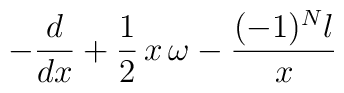
-\frac{d}{dx} + \frac{1}{2}\,x\,\omega - \frac{(-1)^N l}{x}